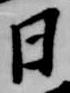
日